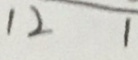
1 2 1